Report on vaccination in the Province of Bengal - 1874-1889
Year: 1874
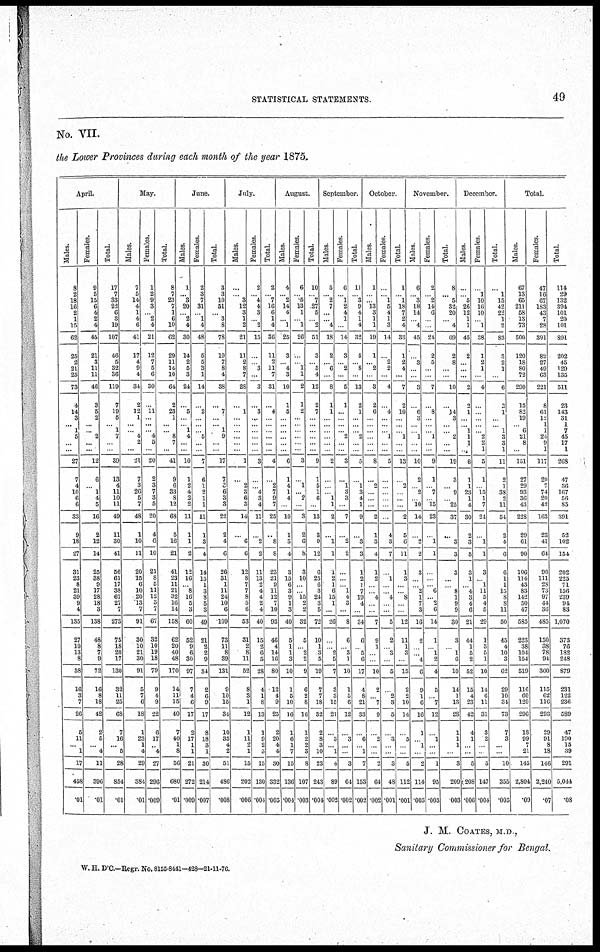
STATISTICAL STATEMENTS.
49
No. VII.
the Lower Provinces during each month of the year 1875.
April.
Males.
8
2
18
16
2
1
15
62
25
2
21
25
73
4
14
3
... 1
5
...
...
27
7
4
10
6
6
33
9
18
27
31
23
8
21
39
9
4
135
27
10
13
8
58
16
3
7
26
5
11
... 1
17
458
.01
Females.
9
5
15
6
4
2
4
45
21
3
11
11
46
3
5
2
... ... 2
...
...
12
6
... 1
4
5
16
2
12
14
25
38
9
17
28
18
3
138
48
8
7
9
72
16
8
18
42
2
5
... 4
11
396
.01
Total.
17
7
33
22
6
3
19
107
46
5
32
36
119
7
19
5
... 1
7
...
...
39
13
4
11
10
11
49
11
30
41
56
61
17
38
67
27
7
273
75
18
20
17
130
32
11
25
68
7
16
... 5
28
854
.01
May.
Males.
7
5
14
4
1
4
6
41
17
4
9
4
34
2
12
1
... ... 4
2
...
21
7
3
26
5
7
48
1
10
11
20
15
6
10
20
13
7
91
30
10
21
30
91
5
7
6
18
1
23
1
4
29
384
.01
females.
1
2
9
3
...
2
4
21
12
7
5
6
30
...
11
...
... ... 4
5
...
20
2
3
7
3
5
20
4
6
10
21
8
5
11
12
3
7
67
32
10
19
18
79
9
4
9
22
6
17
... 4
27
296
.009
Total.
8
7
23
7
1
6
10
62
29
11
14
10
64
2
23
1
... ... 8
7
...
41
9
6
33
8
12
68
5
16
21
41
23
11
21
32
16
14
158
62
20
40
48
170
14
11
15
40
7
40
1
8
56
680
.01
June.
Males.
1
... 3
20
...
2
4
30
14
2
5
3
24
...
5
...
... 1
4
...
...
10
1
2
4
2
2
11
1
1
2
12
16
... 8
16
5
3
60
52
9
6
30
97
7
4
6
17
2
17
1
1
21
272
.009
Females.
2
3
7
31
...
1
4
48
5
5
3
1
14
...
2
...
... ... 5
...
...
7
6
1
2
1
1
11
1
3
4
14
15
1
3
8
5
3
49
21
2
2
9
34
2
6 9
17
8
18
3 1
30
214
.007
Total.
3
3
10
51
...
3
8
78
19
7
8
4
38
...
7
...
... 1
9
...
...
17
7
3
6
3
3
22
2
4
6
26
31
1
11
24
10
6
109
73
11
8
39
131
9
10
15
34
10
35
...
2
51
486
.008
July.
Males.
...
... 3
12
3
1
2
21
11
2
8
7
28
...
1
...
... ...
... ...
...
1
...
2
3
6
3
14
...
6
6
12
8
7
7
8
5
6
53
31
2
8
11
52
8
3
1
12
1
11
2
1
15
202
.006
Females.
2
... 4
4
3
...
2
15
...
...
3
...
3
...
3
...
... ...
... ...
...
3
...
... 4
3
4
11
...
2
2
11
13
2
4
4
2
4
40
15
2
6
5
28
4
1
8
13
1
9
2
3
15
130
.004
Total.
2
... 7
16
6
1
4
36
11
2
11
7
31
...
4
...
... ...
... ...
...
4
...
2
7
9
7
25
...
8
8
23
21
9
11
12
7
10
93
46
4
14
16
80
12
4
9
25
2
20
4
4
30
332
.003
August.
Males.
4
... 2
14
4
... 1
25
3
...
4
3
10
1
5
...
... ...
... ...
...
6
1
4
1
4
...
10
1
3
4
3
15
6
3
9
1
3
40
5
1
1
3
10
1
5
10
16
1
6 1
7
15
136
.004
Females.
6
... 5
13
1
...
1
26
...
... 1
1
2
1
2
...
.... ...
... ...
...
3
...
1
... 2
...
3
2
6
8
3
10
...
... 15
2
2
32
5
... 2
2
9
6
2
8
16
1
2
2
3
8
107
.003
Total.
10
... 7
27
5
...
2
51
3
...
5
4
12
2
7
...
... ...
... ...
...
9
1
5
1
6
...
13
3
9
12
6
25
6
3
24
3
5
72
10
1
3
5
19
7
7
18
32
2
8
3
10
23
243
.004
September.
Males.
5
... 2
7
...
...
4
18
2
... 6
...
8
1
1
...
... ...
... ...
...
2
...
...
... 1
1
2
...
1
1
1
2
1
6
15
1
...
26
...
... 2
5
7
3
3
15
21
...
3
... 1
4
89
.002
Females.
6
... 1
2
4
1
...
14
3
... 2
...
5
1
...
...
... ... 2
...
...
3
...
1
3
3
...
7
...
2
2
...
...
... 1
4
3
...
8
6
... 3
1
10
1
5
6
12
...
3
...
...
3
64
.002
Total.
11
... 3
9
4
1
4
32
5
...
8
...
13
2
1
...
... ... 2
...
...
5
...
1
3
4
1
9
...
3
3
1
2
1
7
19
4
...
34
6
... 5
6
17
4
8
21
33
...
6
... 1
7
153
.002
October.
Males.
1
...
... 13
3
1
1
19
1
... 2
...
3
2
6
...
.... ...
... ...
...
8
...
2
...
...
...
2
1
3
4
1
2
...
... 4
...
...
7
9
1
...
...
10
2
... 7
9
...
2
...
...
2
64
.002
Females.
...
... 1
5
4
1
3
14
...
2
2
...
4
...
4
...
... ... 1
...
...
5
...
...
...
...
...
...
4
3
7
...
1
...
... 4
...
...
5
2
... 3
...
5
...
2
3
5
...
3
...
...
3
48
.001
Total.
1
... 1
18
7
2
4
33
1
2
4
...
7
2
10
...
... ... 1
...
...
13
...
2
...
...
...
2
5
6
11
1
3
...
... 8
...
...
12
11
1
3
...
15
2
2
10
14
...
5
...
...
5
112
.001
November.
Males.
6
... 3
18
14
...
4
45
...
3
...
...
3
...
6
3
.... ... 1
...
...
10
2
... 2
... 10
14
...
2
2
3
...
... 2
1
7
3
16
2
...
... 4
6
9
1
6
16
1
... 1
...
2
114
.003
Females.
2
... 2
14
6
...
...
24
2
5
...
...
7
...
8
...
... ... 1
...
...
9
1
... 7
... 15
23
...
1
1
...
...
... 6
... 2
6
14
1
... 1
2
4
5
... 7
12
...
1
...
...
1
95
.003
Total.
8
... 5
32
20
...
4
69
2
8
...
...
10
...
14
3
... ... 2
...
...
19
3
... 9
... 25
37
...
3
3
3
...
... 8
1
9
9
30
3
... 1
6
10
14
1
13
28
1
1
1
...
3
209
003
December.
Males.
...
... 5
26
12
1
1
45
2
...
...
...
2
2
1
...
.... 1
1
1
1
6
1
1
23
1
4
30
2
3
5
3
1
... 4
3
4
6
21
44
1
5
2
52
15
4
23
42
4
1
...
...
5
208
.006
Females
...
1
10
16
10
... 1
38
1
2
1
...
4
...
...
....
... ... 2
2
1
5
1
... 15
1
7
24
...
1
1
3
... 1
11
5
4
5
29
1
3
5
1
10
14
6
11
31
3
2
...
...
5
147
.004
Total.
...
1
15
42
22
1
2
83
3
2
1
...
6
2
1
...
... 1
3
3
1
11
2
1
38
2
11
54
2
4
6
6
1
1
15
8
8
11
50
45
4
10
3
62
29
10
34
73
7
3
...
...
10
355
.005
Total.
Males.
67
13
65
211
58
13
73
500
120
18
80
72
290
15
82
19
... 6
21
8
...
151
27
29
93
36
43
228
29
61
90
106
114
43
83
142
50
47
585
223
38
104
154
519
116
60
120
296
18
99
7
21
145
2,804
.09
Females.
47
16
67
183
43
7
28
391
82
27
49
63
221
8
61
12
1 1
24
9
1
117
20
7
74
20
42
163
23
41
64
96
111
28
73
97
44
36
485
150
38
78
94
360
115
62
116
293
29
91
8
18
146
2,240
. 07
Total.
114
29
132
394
101
20
101
891
202
45
129
135
511
23
143
31
1
7
45
17
1
268
47
36
167
56
85
391
52
102
154
202
225
71
156
239
94
83
1,070
373
76
182
248
879
231
122
236
589
47
190
15
39
291
5,044
.08
J. M. COATES, M.D ,
Sanitary Commissioner for Bengal.
W. H. D'C.—Regr. No. 8155-8441—428-21-11-76.